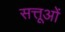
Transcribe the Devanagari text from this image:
सत्तूओं